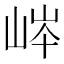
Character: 𡷶